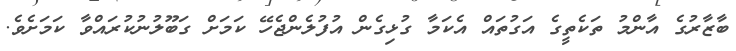
ބާޒާރުގެ އާންމު ތަކެތީގެ އަގުތައް އެކަމާ ގުޅިގެން އުފުލެންޖެހޭ ކަމަށް ގަބޫލުނުކުރައްވާ ކަމަށެވެ.